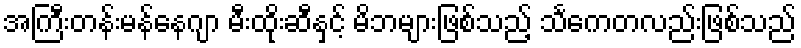
အကြီးတန်းမန်နေဂျာ မီးထိုးဆီနှင့် မိဘများဖြစ်သည့် သင်္ကေတလည်းဖြစ်သည်